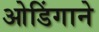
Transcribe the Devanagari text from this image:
ओडिंगाने